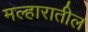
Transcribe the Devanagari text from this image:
मल्हारातील